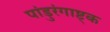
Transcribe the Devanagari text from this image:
पांडुरंगाष्ट्क